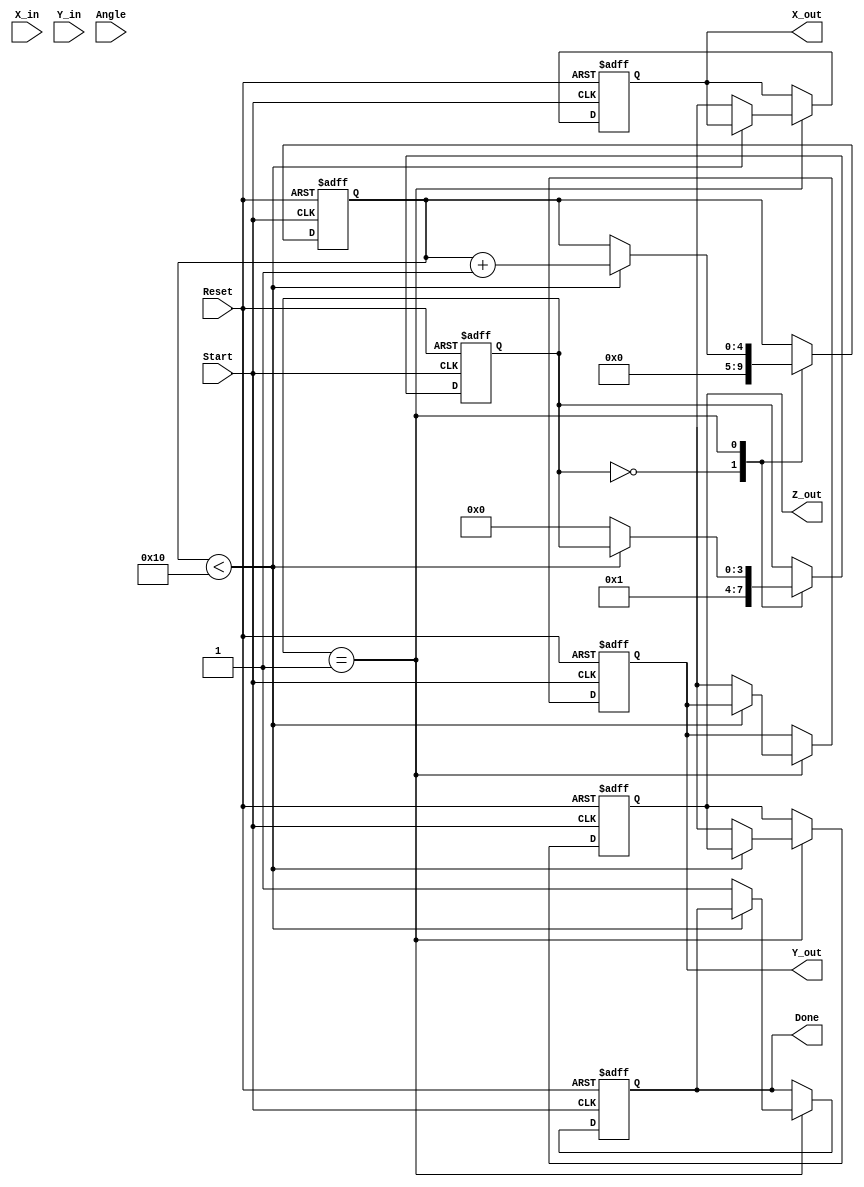
module vectoring_cordic #(
    parameter N = 16,             // Number of iterations
    parameter WIDTH = 16          // Bit width for fixed-point representation
)(
    input  wire [WIDTH-1:0] X_in, // Input X-coordinate
    input  wire [WIDTH-1:0] Y_in, // Input Y-coordinate
    input  wire [WIDTH-1:0] Angle, // Initial angle
    input  wire Start,             // Start signal
    input  wire Reset,             // Asynchronous reset
    output reg [WIDTH-1:0] X_out,  // Output X-coordinate
    output reg [WIDTH-1:0] Y_out,  // Output Y-coordinate
    output reg [WIDTH-1:0] Z_out,  // Output angle
    output reg Done                // Completion signal
);

    reg [WIDTH-1:0] x [0:N-1];      // Pipeline registers for X coordinates
    reg [WIDTH-1:0] y [0:N-1];      // Pipeline registers for Y coordinates
    reg [WIDTH-1:0] z [0:N-1];      // Pipeline registers for angle
    reg [N-1:0] angle_table [0:N-1]; // Lookup table for atan(2^-i)
    reg [3:0] state;                // State for FSM
    reg [4:0] iter;                 // Iteration counter

    // Initialize angle lookup table (atan(2^-i))
    initial begin
        angle_table[0] = 16'h2000; // atan(1) in fixed point
        angle_table[1] = 16'h1000; // atan(0.5)
        angle_table[2] = 16'h0800; // atan(0.25)
        // Continue filling the table up to N-1
        // ...
    end

    // FSM for controlling the CORDIC operation
    always @(posedge Start or posedge Reset) begin
        if (Reset) begin
            state <= 0;
            Done <= 0;
            iter <= 0;
            X_out <= 0;
            Y_out <= 0;
            Z_out <= 0;
        end else begin
            case (state)
                0: begin
                    // Initialize the pipeline with inputs
                    x[0] <= X_in;
                    y[0] <= Y_in;
                    z[0] <= Angle;
                    iter <= 0;
                    state <= 1;
                end
                1: begin
                    if (iter < N) begin
                        // CORDIC rotation logic
                        if (y[iter] < 0) begin
                            x[iter+1] <= x[iter] + (y[iter] >>> iter);
                            y[iter+1] <= y[iter] + (x[iter] >>> iter);
                            z[iter+1] <= z[iter] - angle_table[iter];
                        end else begin
                            x[iter+1] <= x[iter] - (y[iter] >>> iter);
                            y[iter+1] <= y[iter] - (x[iter] >>> iter);
                            z[iter+1] <= z[iter] + angle_table[iter];
                        end
                        iter <= iter + 1;
                    end else begin
                        // Final outputs
                        X_out <= x[N];
                        Y_out <= y[N];
                        Z_out <= z[N];
                        Done <= 1;
                        state <= 0; // Go back to initial state
                    end
                end
            endcase
        end
    end

endmodule